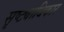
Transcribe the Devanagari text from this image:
सृष्ट्याधिकार